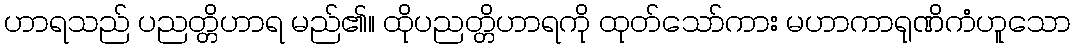
ဟာရသည် ပညတ္တိဟာရ မည်၏။ ထိုပညတ္တိဟာရကို ထုတ်သော်ကား မဟာကာရုဏိကံဟူသော